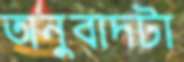
অনুবাদটা